Report on the working of the Ranchi Indian Mental Hospital, Kanke, in Bihar and Orissa - 1930-1940
Year: 1930
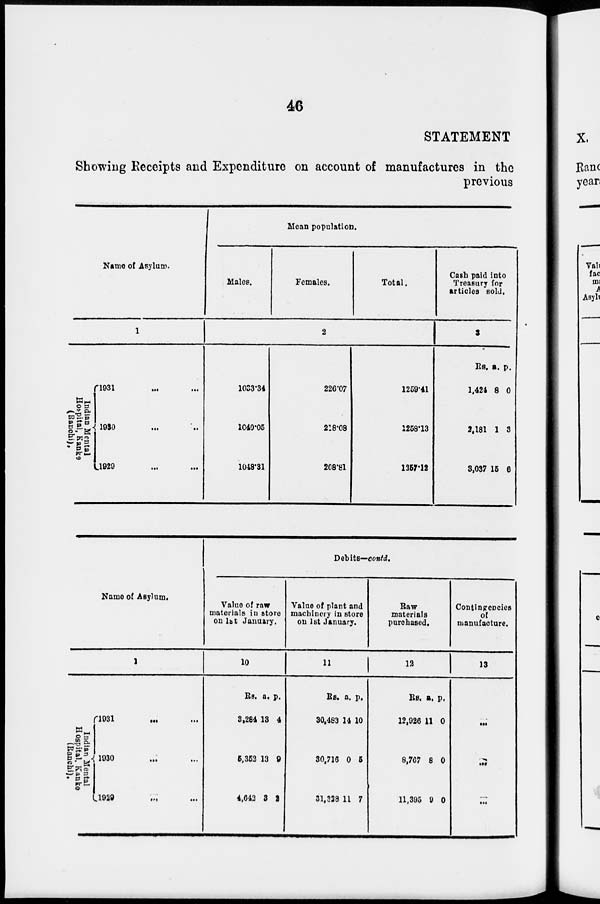
46
STATEMENT
Showing Receipts and Expenditure on account of manufactures in the
previous
Name of Asylum.
1
Indian Mental
Hospital, Kanks
(Ranchi).
1931 ... ...
1930 ... ...
1929 ... ...
Mean population.
Males.
Females.
Total.
2
1033.34
1040.05
1048.31
226.07
218.08
208.81
1259.41
1258.13
1257.12
Cash paid into
Treasury for
articles sold.
3
Rs.
1,424
2,181
3,037
a.
8
1
15
p.
0
3
6
Name of Asylum.
1
Indian Mental
Hospital. Kanke
(Ranchi).
1931 ... ...
1930 ... ...
1929 ... ...
Debits—contd.
Value of raw
materials in store
on 1st January.
10
Rs.
3,284
5,352
4,643
a.
13
13
3
p.
4
9
2
Value of plant and
machinery in store
on 1st January.
11
Rs.
30,483
30,716
31,328
a.
14
0
11
p.
10
5
7
Raw
materials
purchased.
12
Rs.
12,926
8,767
11,395
a.
11
8
9
p.
0
0
0
Contingencies
of
manufacture.
13
...
...
...